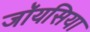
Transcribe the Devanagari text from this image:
जॉयसिया